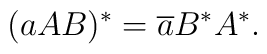
(aAB)^\ast=\overline{a}B^\ast A^\ast.